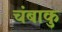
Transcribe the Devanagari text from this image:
चंबाकु